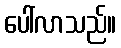
ပေါ်လာသည်။